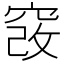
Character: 𥦄